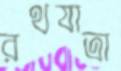
রথযাত্রা